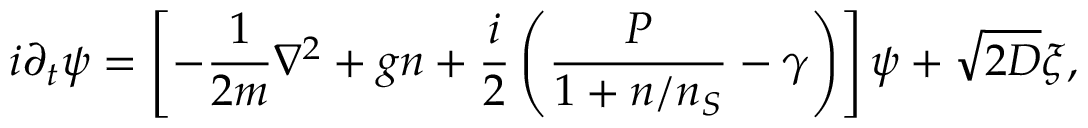
i \partial _ { t } \psi = \left[ - \frac { 1 } { 2 m } \nabla ^ { 2 } + g n + \frac { i } { 2 } \left( \frac { P } { 1 + n / n _ { S } } - \gamma \right) \right] \psi + \sqrt { 2 D } \xi ,